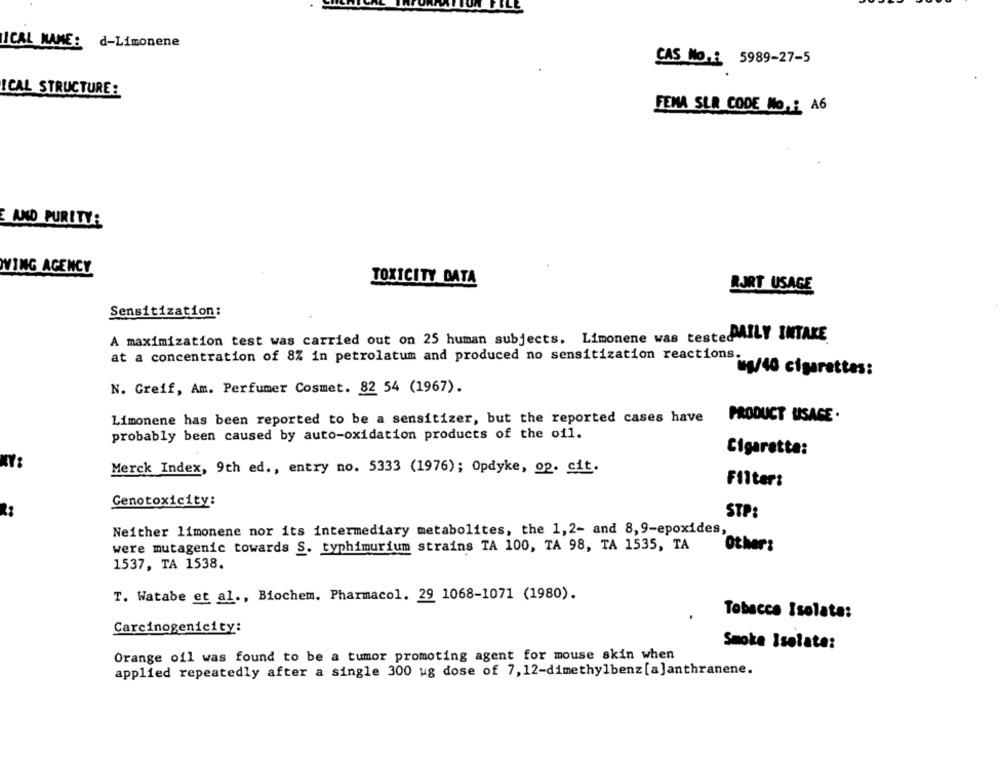
ICAL NAME: d-Limonene
CAS No .: 5989-27-5
ICAL STRUCTURE:
FEMA SLA CODE No .: A6
AND PURITY:
VING AGENCY
TOXICITY DATA
RJRT USAGE
Sensitization:
A maximization test was carried out on 25 human subjects. Limonene was testeDAILY INTAKE
at a concentration of 8% in petrolatum and produced no sensitization reactions.
ing/40 cigarettes:
N. Greif, Am. Perfumer Cosmet. 82 54 (1967).
Limonene has been reported to be a sensitizer, but the reported cases have
PRODUCT USAGE.
probably been caused by auto-oxidation products of the oil.
Cigarette:
Merck Index, 9th ed ., entry no. 5333 (1976); Opdyke, op. cit.
Filter:
Genotoxicity:
STP:
Neither limonene nor its intermediary metabolites, the 1,2- and 8,9-epoxides,
were mutagenic towards S. typhimurium strains TA 100, TA 98, TA 1535, TA
Other:
1537, TA 1538.
T. Watabe et al ., Biochem. Pharmacol. 29 1068-1071 (1980).
Tobacco Isolata:
Carcinogenicity:
Smoke Isolate:
Orange ofl was found to be a tumor promoting agent for mouse skin when
applied repeatedly after a single 300 ug dose of 7, 12-dimethylbenz [a]anthranene.